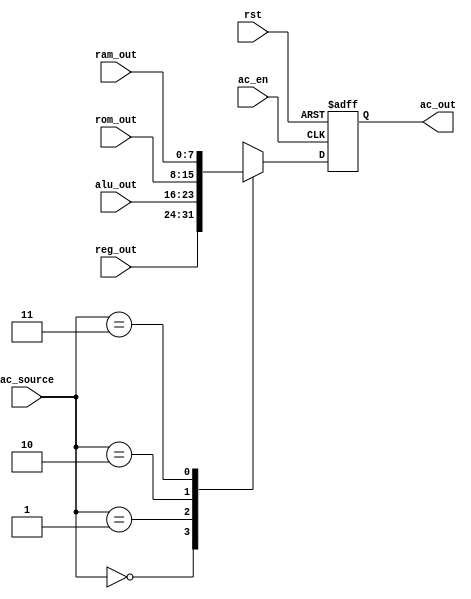
`timescale 1ns / 1ps
//////////////////////////////////////////////////////////////////////////////////
// Company: 
// Engineer: 
// 
// Design Name: 
// Module Name: accumulator
// Project Name: 
// Target Devices: 
// Tool Versions: 
// Description: 
// 
// Dependencies: 
// 
// Revision:
// Revision 0.01 - File Created
// Additional Comments:
// 
//////////////////////////////////////////////////////////////////////////////////


module accumulator(
        input rst, //  / Reset signal
        input ac_en, // AC / Enabling signal of AC
        input [1:0] ac_source, // AC00REGS01ALU,10rom,11ram
        input [7:0] reg_out, // REGS / Data from REGS
        input [7:0] alu_out, // ALU / Data from ALU
        input [7:0] rom_out,
        input [7:0] ram_out,
    
        output reg [7:0] ac_out // AC / AC output
    );


    parameter 
        REG = 2'b00,
        ALU = 2'b01,
        ROM = 2'b10,
        RAM = 2'b11;

    always @(negedge rst or posedge ac_en) begin
        if (!rst) begin
            ac_out <= 8'b0000_0010;
        end else if (ac_en) begin
            case (ac_source)
                REG: begin
                    ac_out <= reg_out;
                end 
                ALU: begin
                    ac_out <= alu_out;
                end
                ROM: begin
                    ac_out <= rom_out;
                end
                RAM: begin
                    ac_out <= ram_out;
                end
                default: begin
                    ac_out <= ac_out;
                end
            endcase
        end
    end

endmodule